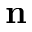
\mathbf { n }